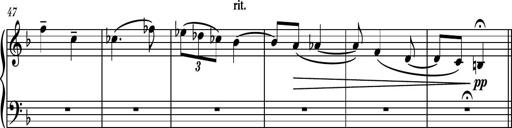
Title: Piano Sonatina No.5
Composer: Dimitri Sykias
Key: C minor